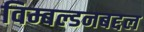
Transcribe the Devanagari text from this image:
विम्बल्डनबद्दल